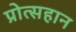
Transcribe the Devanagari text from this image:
प्रोत्सहान